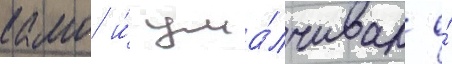
камо и́ ума́лчивал о́